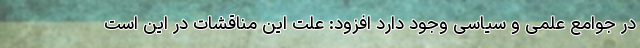
در جوامع علمی و سیاسی وجود دارد افزود: علت این مناقشات در این است